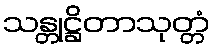
သန္တုဋ္ဌိတာသုတ္တံ